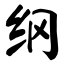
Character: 纲